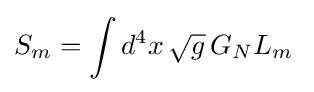
S_{m}=\int d^{4}x\,{\sqrt {g}}\,G_{N}L_{m}\;